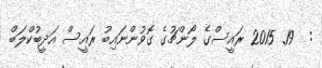
:  19